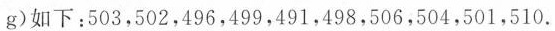
g)如下：503，502，496，499，491，498，506，504，501，510.